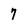
Character: 7